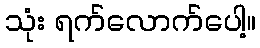
သုံး ရက်လောက်ပေါ့။